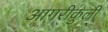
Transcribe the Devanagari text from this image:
आगरीकुली